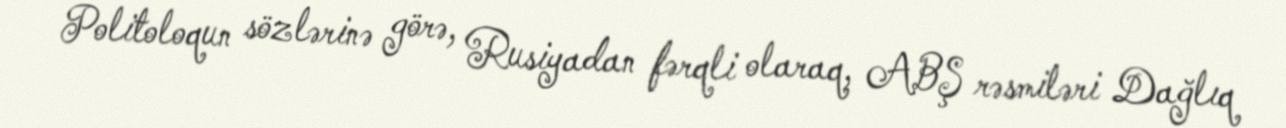
Politoloqun sözlərinə görə, Rusiyadan fərqli olaraq, ABŞ rəsmiləri Dağlıq